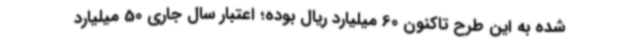
شده به این طرح تاکنون 60 میلیارد ریال بوده؛ اعتبار سال جاری 50 میلیارد